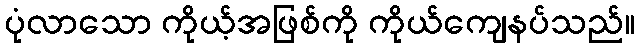
ပုံလာသော ကိုယ့်အဖြစ်ကို ကိုယ်ကျေနပ်သည်။